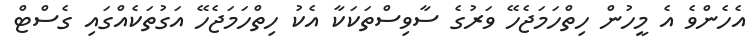
އެހެންވެ އެ މީހުން ހިތްހަމަޖެހޭ ވަރުގެ ސާވިސްތަކަކާ އެކު ހިތްހަމަޖެހޭ އަގުތަކެއްގައި ގެސްޓް